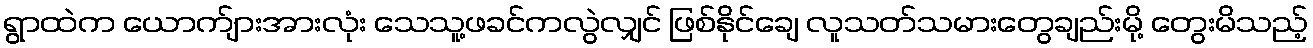
ရွာထဲက ယောက်ျားအားလုံး သေသူ့ဖခင်ကလွဲလျှင် ဖြစ်နိုင်ချေ လူသတ်သမားတွေချည်းမို့ တွေးမိသည့်